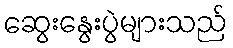
ဆွေးနွေးပွဲများသည်